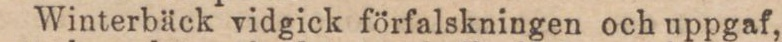
Winterbäck vidgick förfalskningen och uppgaf,